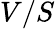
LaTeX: V/S